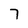
Character: 7